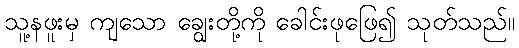
သူ့နဖူးမှ ကျသော ချွေးတို့ကို ခေါင်းဖုဖြေ၍ သုတ်သည်။